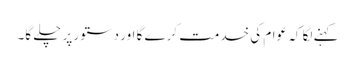
کہنے لگا کہ عوام کی خدمت کرے گا اور دستور پر چلے گا۔